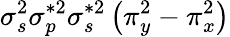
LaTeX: \sigma_{s}^{2}\sigma_{p}^{*2}\sigma_{s}^{*2}\left(\pi_{y}^{2}-\pi_{x}^{2}\right)